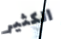
الكثير